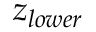
z _ { l o w e r }